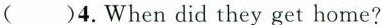
( )4.When did they get home?